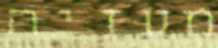
מעזיה